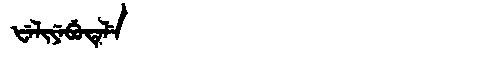
Manchu: ᡶᡝᠯᡳᠶᡝᠪᡠᡨᡝᠯᡝ
Romanization: FELIYEBUTELE